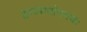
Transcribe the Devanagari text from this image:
द्वादशयोगनयः